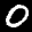
Label: 0